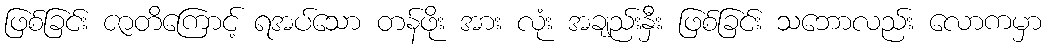
ဖြစ်ခြင်း ဇာတိကြောင့် ရအပ်သော တန်ဖိုး အား လုံး အချည်းနှီး ဖြစ်ခြင်း သဘောလည်း လောကမှာ